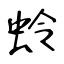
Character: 蛉